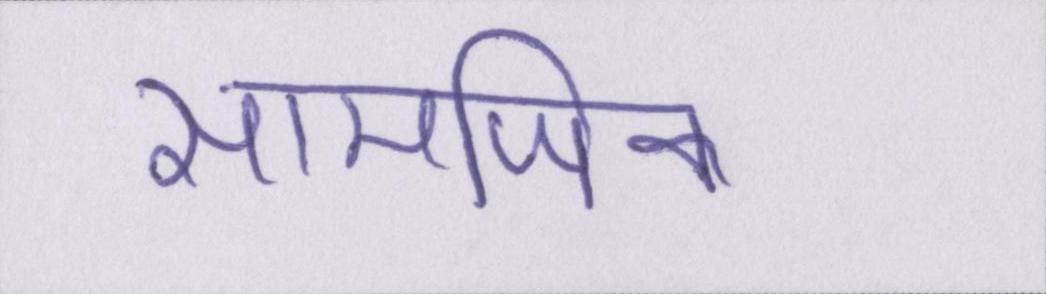
सामाजिक